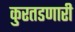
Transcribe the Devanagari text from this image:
कुरतडणारी